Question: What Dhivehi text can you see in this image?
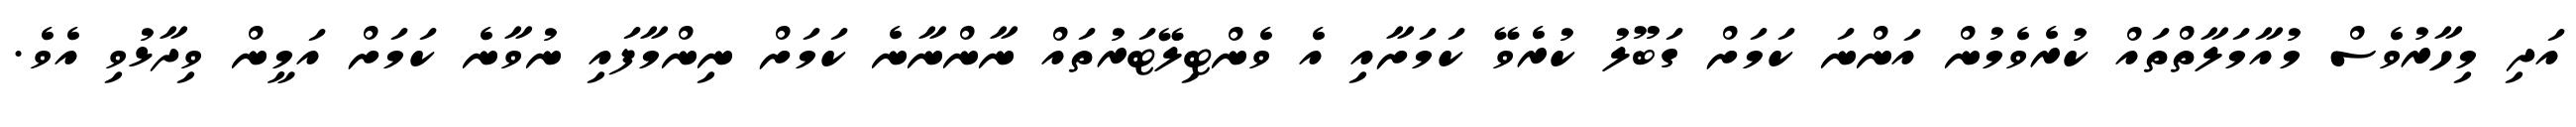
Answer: އަދި މިހާރުވެސް މުއާމަލާތްތައް ކުރެވެމުން އަންނަ ކަމަށް ގަބޫލު ކުރެވޭ ކަމަށާއި އެ ވެންޓިލޭޓަރުތައް ނާންނާނެ ކަމަށް ނިންމާފައި ނުވާނެ ކަމަށް އަމީން ވިދާޅުވި އެވެ.